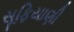
સૂફિયાણી